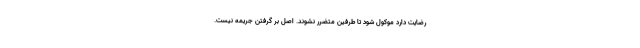
رضایت دارد موکول شود تا طرفین متضرر نشوند. اصل بر گرفتن جریمه نیست.